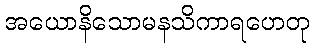
အယောနိသောမနသိကာရဟေတု